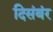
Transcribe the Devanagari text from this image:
दिसंबंर